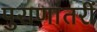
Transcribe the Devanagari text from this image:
पुराणांतरीं